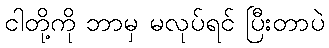
ငါတို့ကို ဘာမှ မလုပ်ရင် ပြီးတာပဲ